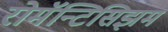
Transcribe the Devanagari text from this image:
रोमॅन्टिसिझम